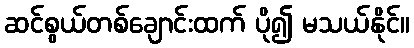
ဆင်စွယ်တစ်ချောင်းထက် ပို၍ မသယ်နိုင်။